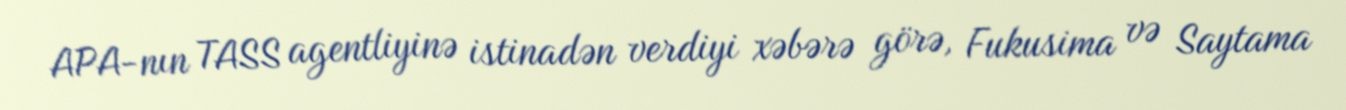
APA-nın TASS agentliyinə istinadən verdiyi xəbərə görə, Fukusima və Saytama